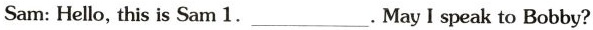
Sam: Hello, this is Sam 1. ___ . May I speak to Bobby?